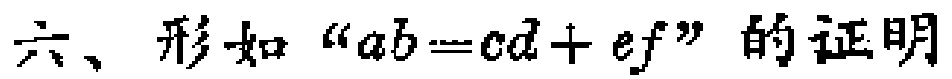
六、形如“\(ab = cd + ef\)”的证明